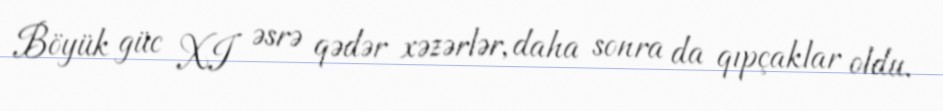
Böyük güc XI əsrə qədər xəzərlər, daha sonra da qıpçaklar oldu.